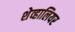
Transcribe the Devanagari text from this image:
शेव्हालियर